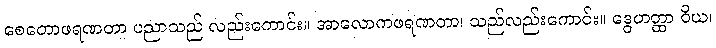
စေတောဖရဏတာ ပညာသည် လည်းကောင်း။ အာလောကဖရဏတာ၊ သည်လည်းကောင်း။ ဒွေဟတ္ထာ ဝိယ၊